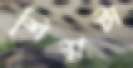
শিশ্নটা